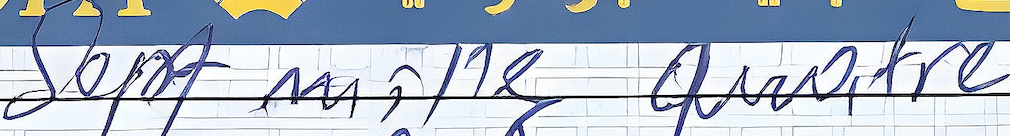
Sept mille quatre